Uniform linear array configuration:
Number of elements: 32
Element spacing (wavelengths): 0.25
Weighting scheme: hann
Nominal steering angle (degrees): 45
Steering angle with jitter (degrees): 45.597
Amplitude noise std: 0.05
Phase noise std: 0.05

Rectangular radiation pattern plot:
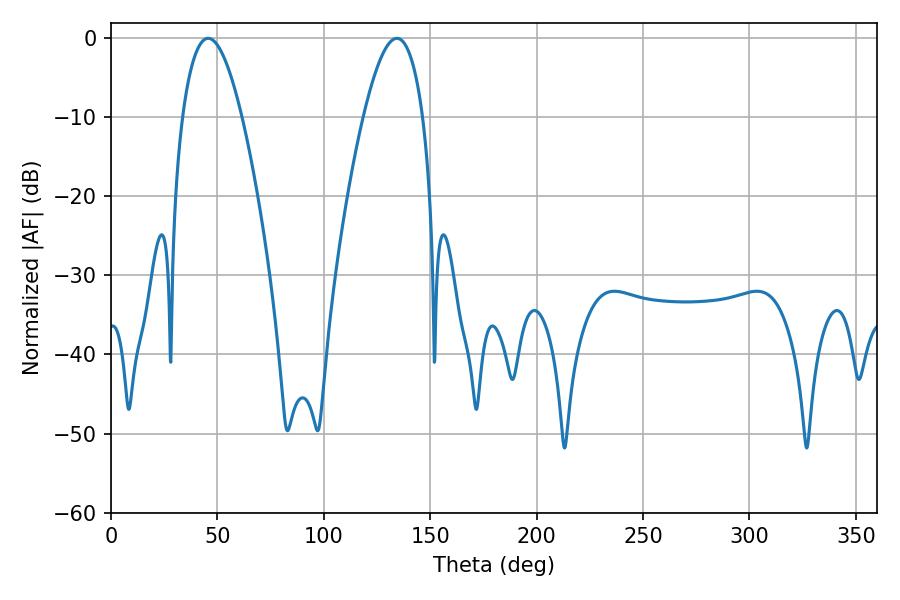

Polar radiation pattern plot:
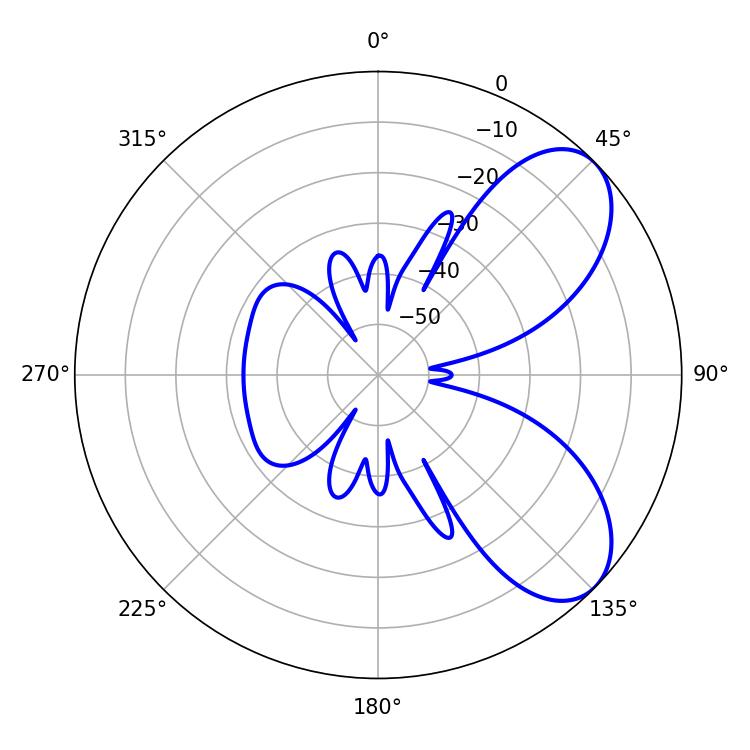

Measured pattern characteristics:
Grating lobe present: FALSE
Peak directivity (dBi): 6.829
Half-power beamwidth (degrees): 15.3
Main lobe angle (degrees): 45.72